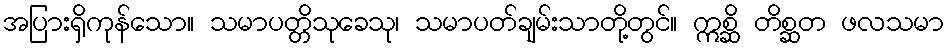
အပြားရှိကုန်သော။ သမာပတ္တိသုခေသု၊ သမာပတ်ချမ်းသာတို့တွင်။ ဣစ္ဆိ တိစ္ဆတ ဖလသမာ